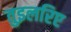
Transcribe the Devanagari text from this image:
तुइलरिए